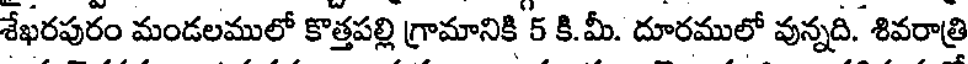
శేఖరపురం మండలములో కొత్తపల్లి గ్రామానికి 5 కి.మీ. దూరములో వున్నది. శివరాత్రి